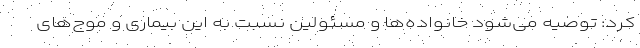
کرد: توصیه می‌شود خانواده‌ها و مسئولین نسبت به این بیماری و موج‌های